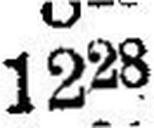
1228